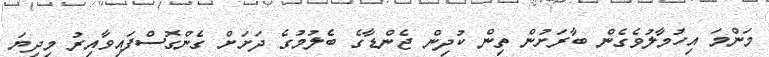
މަންމަ އިހުމާލުވެގެން ބާރަށުން ތިން ކުދިން ޖެންޑާގެ ބެލުމުގެ ދަށަށް ގެންގޮސްފައިވާއިރު މިދިޔަ